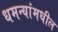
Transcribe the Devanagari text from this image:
धमन्यांमधील